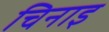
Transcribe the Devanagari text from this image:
चिनाइ